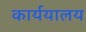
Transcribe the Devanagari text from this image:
कार्ययालय